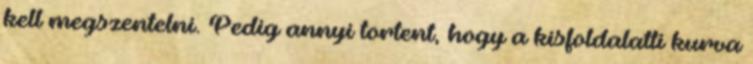
kell megszentelni. Pedig annyi tortent, hogy a kisfoldalatti kurva